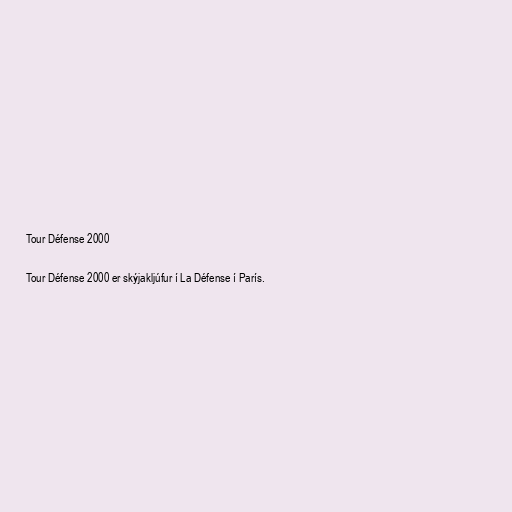
Tour Défense 2000

Tour Défense 2000 er skýjakljúfur í La Défense í París.